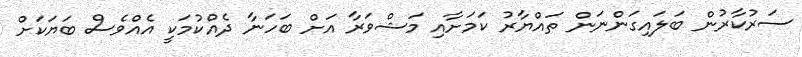
ސަރުކާރުން ބަލައިގަންނަން ތައްޔާރު ކަމަށާއި މަޝްވަރާ އަށް ބަހަނާ ދެއްކުމަކީ އެއްވެސް ބަޔަކަށް